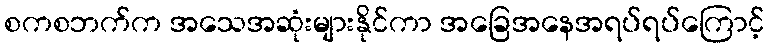
စကစဘက်က အသေအဆုံးများနိုင်ကာ အခြေအနေအရပ်ရပ်ကြောင့်